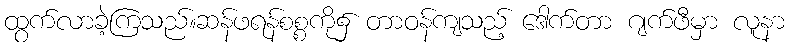
ထွက်လာခဲ့ကြသည်။ဆန်ဖရန်စစ္စကို၌ တာဝန်ကျသည့် ဒေါက်တာ ဂျက်ဖီမှာ လူနာ